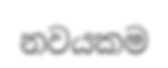
නවයකම